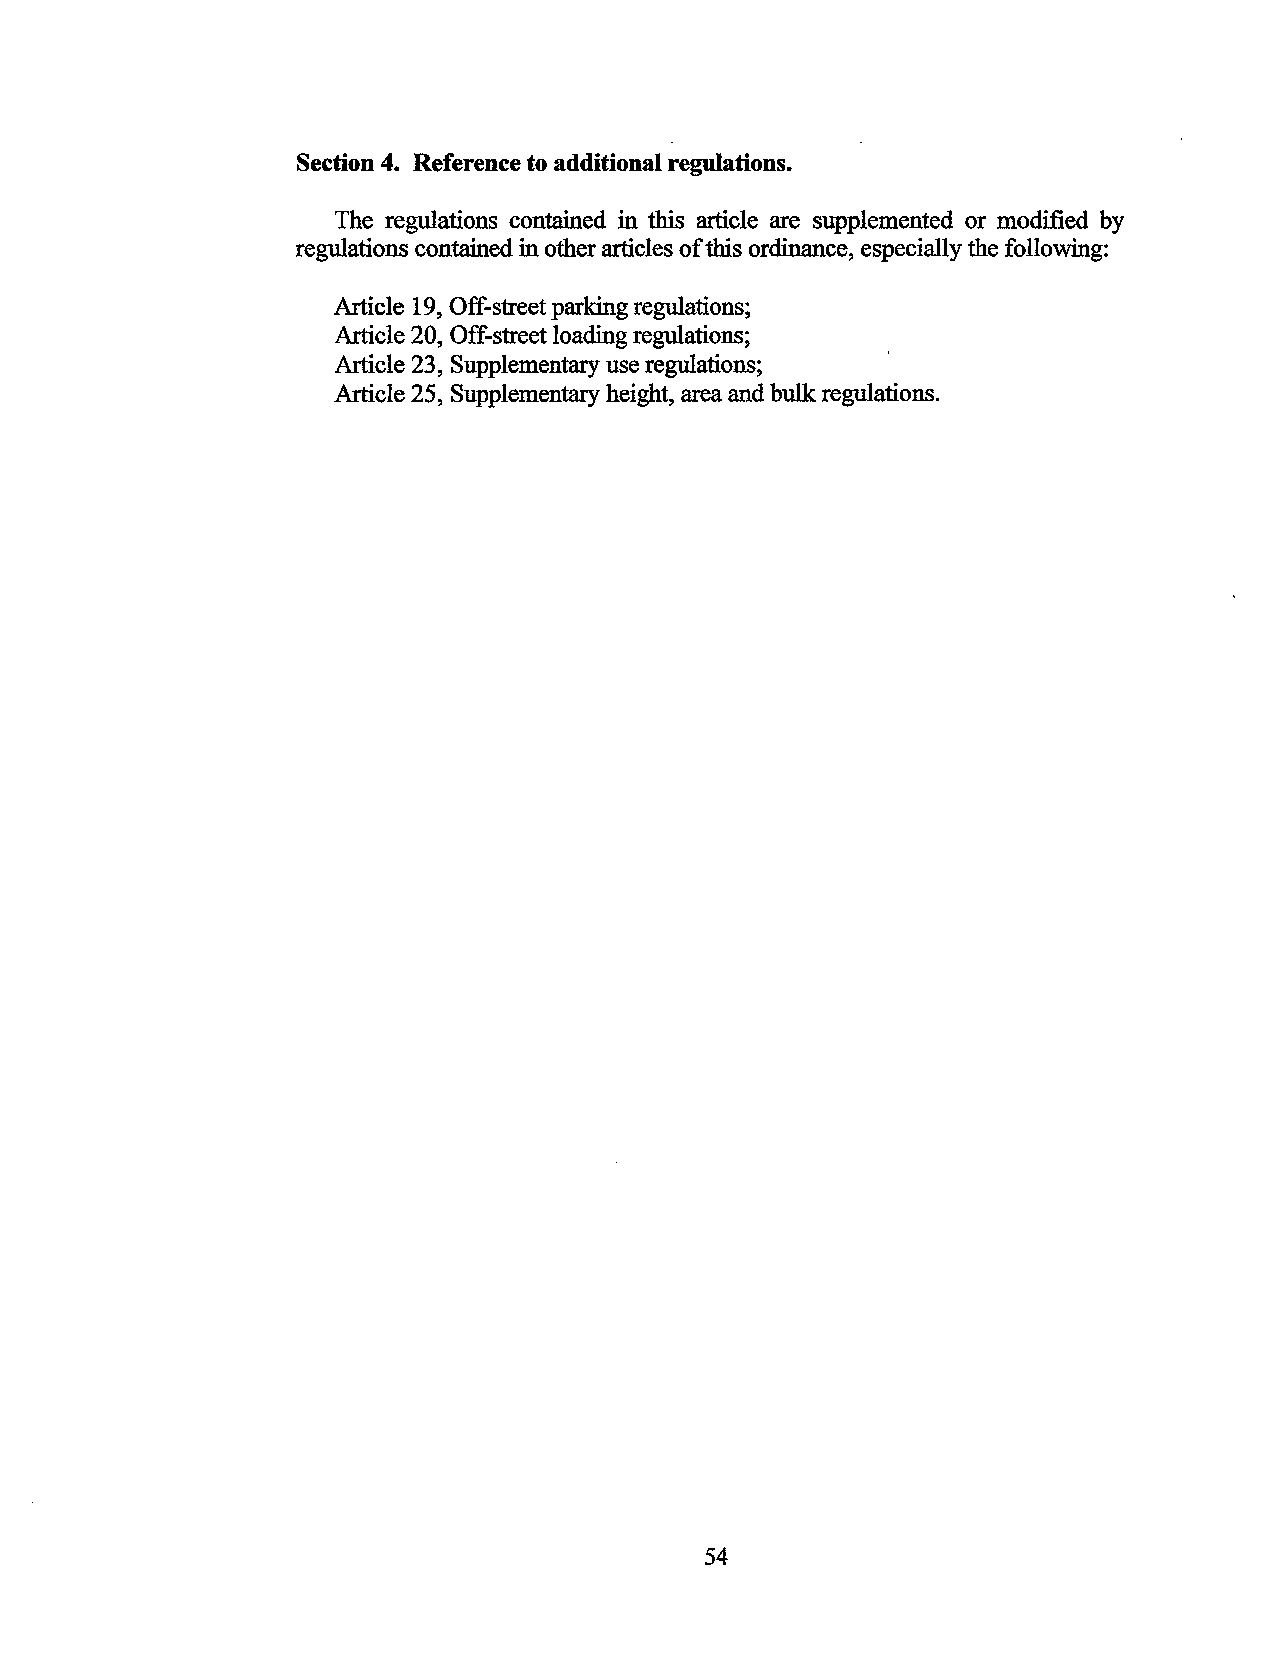
Section 4. Reference to additional regulations.
 The regulations contained in this article are supplemented or modified by
 regulations contained in other articles of this ordinance, especially the following:
 Article 19, Off-street parking regulations;
 Article 20, Off-street loading regulations;
 Article 23, Supplementary use regulations;
 Article 25, Supplementary height, area and bulk regulations.
 54